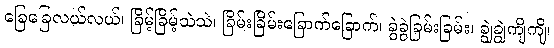
ခြေခြေလယ်လယ်၊ ခြိမ့်ခြိမ့်သဲသဲ၊ ခြိမ်းခြိမ်းခြောက်ခြောက်၊ ခွဲခွဲခြမ်းခြမ်း၊ ချွဲချွဲကျိကျိ၊